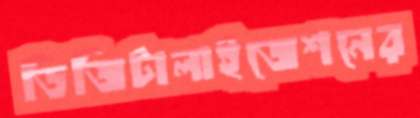
ডিজিটালাইজেশনের